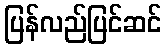
ပြန်လည်ပြင်ဆင်